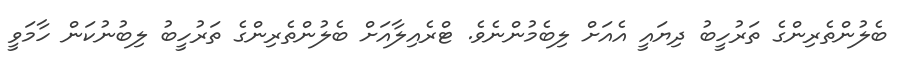
ބެލުންތެރިންގެ ތަރުހީބު ދިޔައީ އެއަށް ލިބެމުންނެވެ. ޓްރެއިލާއަށް ބެލުންތެރިންގެ ތަރުހީބު ލިބުނުކަން ހާމަވީ